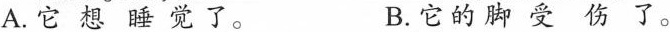
A.它想睡觉了。 B.它的脚受伤了。